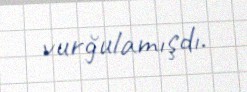
vurğulamışdı.